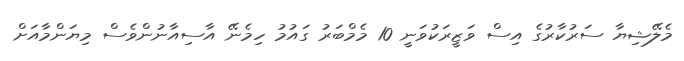
މެލޭޝިޔާ ސަރުކާރުގެ އިސް ވަޒީރަކުވަނީ 10 މެމްބަރު ގައުމު ހިމެނޭ އާސިއާނުންވެސް މިޔަންމާއަށް